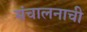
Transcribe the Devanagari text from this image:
संचालनाची